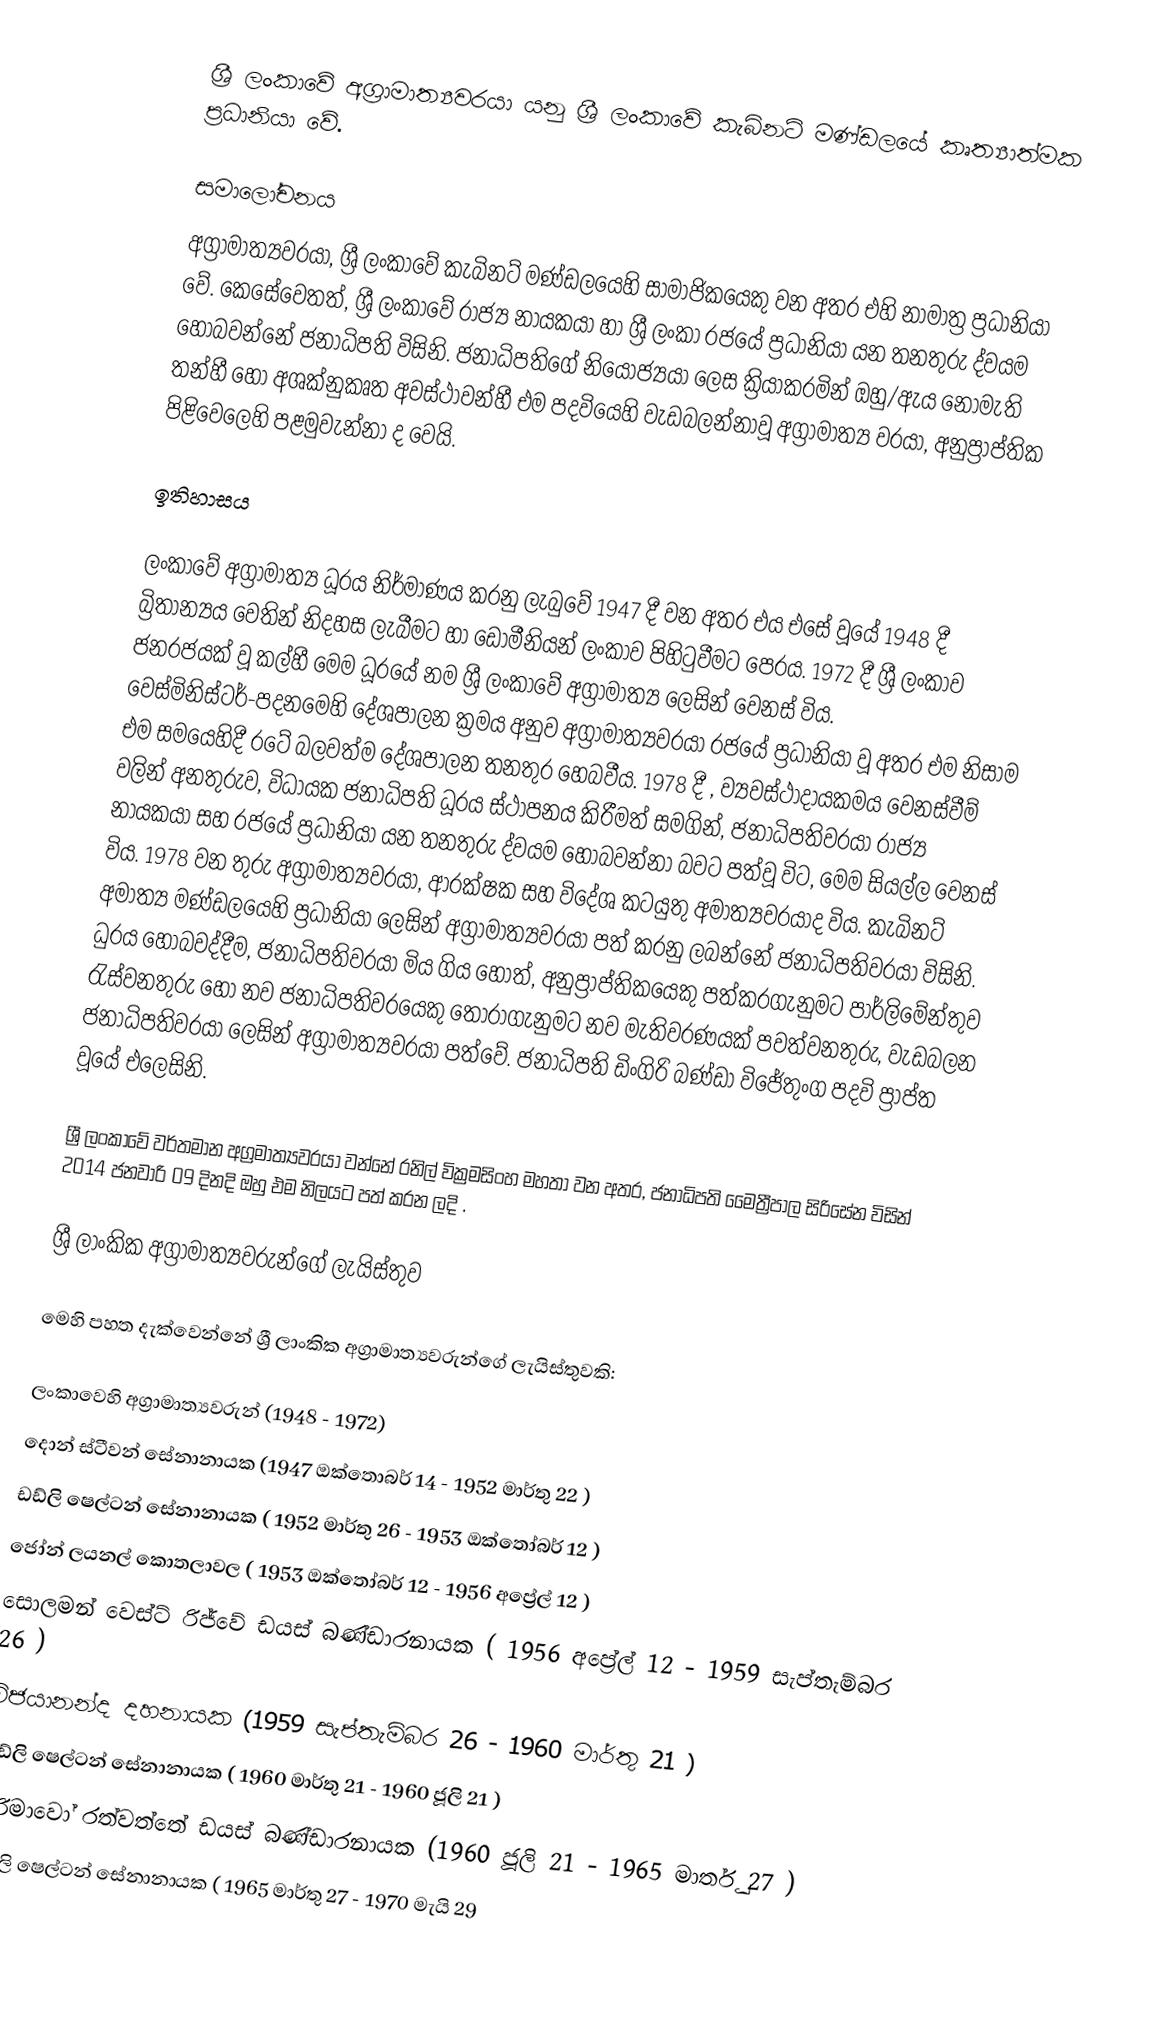
ශ්‍රී ලංකාවේ අග්‍රාමාත්‍යවරයා යනු  ශ්‍රී ලංකාවේ කැබිනට් මණ්ඩලයේ කෘත්‍යාත්මක ප්‍රධානියා වේ.

සමාලෝචනය
අග්‍රාමාත්‍යවරයා, ශ්‍රී ලංකාවේ කැබිනට් මණ්ඩලයෙහි සාමාජිකයෙකු වන අතර එහි නාමාත්‍ර ප්‍රධානියා වේ. කෙසේවෙතත්, ශ්‍රී ලංකාවේ රාජ්‍ය නායකයා හා ශ්‍රී ලංකා රජයේ ප්‍රධානියා යන තනතුරු ද්වයම හොබවන්නේ  ජනාධිපති විසිනි. ජනාධිපතිගේ නියෝජ්‍යයා ලෙස ක්‍රියාකරමින් ඔහු/ඇය‍‍ නොමැති තන්හී හෝ අශක්නුකෘත අවස්ථාවන්හී එම පදවියෙහි වැඩබලන්නාවූ  අග්‍රාමාත්‍ය වරයා,  අනුප්‍රාප්තික පිළිවෙලෙහි පළමුවැන්නා ද වෙයි.

ඉතිහාසය

ලංකාවේ අග්‍රාමාත්‍ය ධූරය නිර්මාණය කරනු ලැබුවේ 1947 දී වන අතර එය එසේ වූයේ 1948 දී බ්‍රිතාන්‍යය වෙතින් නිදහස ලැබීමට හා ඩොමීනියන් ලංකාව පිහිටුවීමට පෙරය. 1972 දී ශ්‍රී ලංකාව ජනරජයක් වූ කල්හී මෙම ධූරයේ නම ශ්‍රී ලංකාවේ අග්‍රාමාත්‍ය ලෙසින් වෙනස් විය. වෙස්මිනිස්ටර්-පදනමෙහි දේශපාලන ක්‍රමය අනුව අග්‍රාමාත්‍යවරයා රජයේ ප්‍රධානියා වූ අතර එම නිසාම එම සමයෙහිදී රටේ බලවත්ම දේශපාලන තනතුර හෙබවීය. 1978 දී , ව්‍යවස්ථාදායකමය වෙනස්වීම් වලින් අනතුරුව, විධායක ජනාධිපති ධූරය ස්ථාපනය කිරීමත් සමගින්, ජනාධිපතිවරයා   රාජ්‍ය නායකයා සහ රජයේ ප්‍රධානියා යන තනතුරු ද්වයම හොබවන්නා බවට පත්වූ විට, මෙම සියල්ල වෙනස් විය. 1978 වන තුරු අග්‍රාමාත්‍යවරයා, ආරක්ෂක සහ විදේශ කටයුතු අමාත්‍යවරයාද විය. කැබිනට් අමාත්‍ය මණ්ඩලයෙහි ප්‍රධානියා ලෙසින් අග්‍රාමාත්‍යවරයා පත් කරනු ලබන්නේ ජනාධිපතිවරයා විසිනි. ධුරය හොබවද්දීම, ජනාධිපතිවරයා මිය ගිය හොත්, අනු‍ප්‍රාප්තිකයෙකු පත්කරගැනුමට පාර්ලිමේන්තුව රැස්වනතුරු හෝ නව ජනාධිපතිවරයෙකු තොරාගැනුමට නව මැතිවරණයක් පවත්වනතුරු, වැඩබලන ජනාධිපතිවරයා ලෙසින් අග්‍රාමාත්‍යවරයා පත්වේ. ජනාධිපති ඩිංගිරි බණ්ඩා විජේතුංග පදවි ප්‍රාප්ත වූයේ එලෙසිනි.

ශ්‍රී ලංකාවේ වර්තමාන අග්‍රමාත්‍යවරයා වන්නේ  රනිල් වික්‍රමසිංහ  මහතා වන අතර, ජනාධිපති මෛත්‍රීපාල සිරිසේන  විසින් 2014 ජනවාරි 09 දිනදි ඔහු එම නිලයට පත් කරන ලදි .

ශ්‍රී ලාංකික අග්‍රාමාත්‍යවරුන්ගේ ලැයිස්තුව

මෙහි පහත දැක්වෙන්නේ ශ්‍රී ලාංකික අග්‍රාමාත්‍යවරුන්ගේ ලැයිස්තුවකි:

ලංකාවෙහි අග්‍රාමාත්‍යවරුන් (1948 - 1972)
 දොන් ස්ටීවන් සේනානායක (1947 ඔක්තොබර් 14  -  1952 මාර්තු 22 )
 ඩඩ්ලි ෂෙල්ටන් සේනානායක     ( 1952 මාර්තු 26 -  1953 ඔක්තෝබර් 12 )
 ජෝන් ලයනල් කොතලාවල              ( 1953 ඔක්තෝබර් 12 -  1956 අප්‍රේල් 12 )
 සොලමන් වෙස්ට් රිජ්වේ ඩයස් බණ්ඩාරනායක  ( 1956 අප්‍රේල් 12 -  1959 සැප්තැම්බර 26 )
 විජයානන්ද දහනායක    (1959 සැප්තැම්බර 26 - 1960 මාර්තු 21 )
 ඩඩ්ලි ෂෙල්ටන් සේනානායක           ( 1960 මාර්තු 21 -  1960 ජූලි 21 )
 සිරිමාවෝ රත්වත්තේ ඩයස් බණ්ඩාරනායක (1960 ජූලි 21 - 1965 මාර්තු 27 )
 ඩඩ්ලි ෂෙල්ටන් සේනානායක       ( 1965 මාර්තු 27 -  1970 මැයි 29